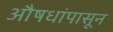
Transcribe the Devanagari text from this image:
औषधांपासून